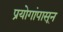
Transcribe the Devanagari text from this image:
प्रयोगांपासून